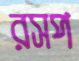
রসপ